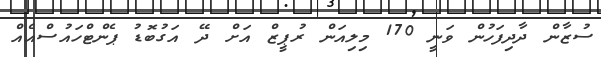
ސުޒާން ދާދިފަހުން ވަނީ 170 މިލިއަން ރުޕީޒް އަށް ދޭ އަގުބޮޑު ޕެންޓްހައުސްއެއް